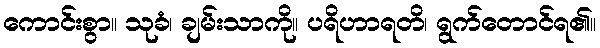
ကောင်းစွာ။ သုခံ၊ ချမ်းသာကို။ ပရိဟာရတိ၊ ရွက်တောင်ရ၏။